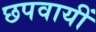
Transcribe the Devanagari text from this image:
छपवायीं